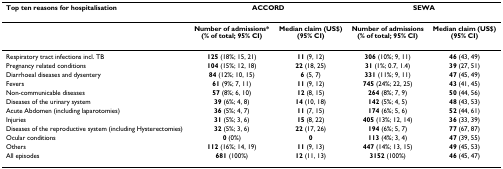
<table><thead><tr><td><b>Top ten reasons for hospitalisation</b></td><td colspan="2"><b>ACCORD</b></td><td colspan="2"><b>SEWA</b></td></tr></thead><tbody><tr><td></td><td><b>Number of admissions*</b><b>(% of total; 95% CI)</b></td><td><b>Median claim (US$)</b><b>(95% CI)</b></td><td><b>Number of admissions</b><b>(% of total; 95% CI)</b></td><td><b>Median claim (US$)</b><b>(95% CI)</b></td></tr><tr><td>Respiratory tract infections incl. TB</td><td><b>125 </b>(18%; 15, 21)</td><td><b>11 </b>(9, 12)</td><td><b>306 </b>(10%; 9, 11)</td><td><b>46 </b>(43, 49)</td></tr><tr><td>Pregnancy related conditions</td><td><b>104 </b>(15%; 12, 18)</td><td><b>22 </b>(18, 25)</td><td><b>31 </b>(1%; 0.7, 1.4)</td><td><b>39 </b>(27, 51)</td></tr><tr><td>Diarrhoeal diseases and dysentery</td><td><b>84 </b>(12%; 10, 15)</td><td><b>6 </b>(5, 7)</td><td><b>331 </b>(11%; 9, 11)</td><td><b>47 </b>(45, 49)</td></tr><tr><td>Fevers</td><td><b>61 </b>(9%; 7, 11)</td><td><b>11 </b>(9, 12)</td><td><b>745 </b>(24%; 22, 25)</td><td><b>43 </b>(41, 45)</td></tr><tr><td>Non-communicable diseases</td><td><b>57 </b>(8%; 6, 10)</td><td><b>12 </b>(8, 15)</td><td><b>264 </b>(8%; 7, 9)</td><td><b>50 </b>(44, 56)</td></tr><tr><td>Diseases of the urinary system</td><td><b>39 </b>(6%; 4, 8)</td><td><b>14 </b>(10, 18)</td><td><b>142 </b>(5%; 4, 5)</td><td><b>48 </b>(43, 53)</td></tr><tr><td>Acute Abdomen (including laparotomies)</td><td><b>36 </b>(5%; 4, 7)</td><td><b>11 </b>(7, 15)</td><td><b>174 </b>(6%; 5, 6)</td><td><b>52 </b>(44, 61)</td></tr><tr><td>Injuries</td><td><b>31 </b>(5%; 3, 6)</td><td><b>15 </b>(8, 22)</td><td><b>405 </b>(13%; 12, 14)</td><td><b>36 </b>(33, 39)</td></tr><tr><td>Diseases of the reproductive system (including Hysterectomies)</td><td><b>32 </b>(5%; 3, 6)</td><td><b>22 </b>(17, 26)</td><td><b>194 </b>(6%; 5, 7)</td><td><b>77 </b>(67, 87)</td></tr><tr><td>Ocular conditions</td><td><b>0 </b>(0%)</td><td><b>0</b></td><td><b>113 </b>(4%; 3, 4)</td><td><b>47 </b>(39, 55)</td></tr><tr><td>Others</td><td><b>112 </b>(16%; 14, 19)</td><td><b>11 </b>(9, 13)</td><td><b>447 </b>(14%; 13, 15)</td><td><b>49 </b>(45, 53)</td></tr><tr><td>All episodes</td><td><b>681 </b>(100%)</td><td><b>12 </b>(11, 13)</td><td><b>3152 </b>(100%)</td><td><b>46 </b>(45, 47)</td></tr></tbody></table>